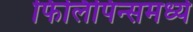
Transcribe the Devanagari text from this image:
फिलिपिन्समध्ये